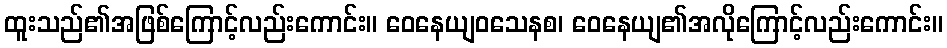
ထူးသည်၏အဖြစ်ကြောင့်လည်းကောင်း။ ဝေနေယျဝသေနစ၊ ဝေနေယျ၏အလိုကြောင့်လည်းကောင်း။